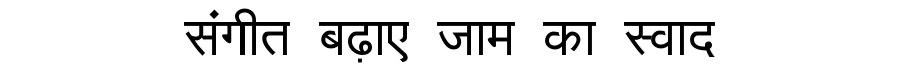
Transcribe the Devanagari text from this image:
संगीत बढ़ाए जाम का स्वाद